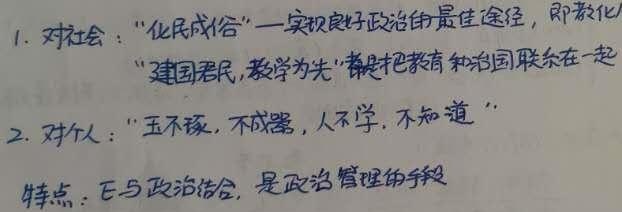
1. 对社会：“化民成俗”——实现良好政治的最佳途径，即教化。“建国君民，教学为先”都是把教育和治国联系在一起。
2. 对个人：“玉不琢，不成器，人不学，不知道”。
特点：与政治结合，是政治管理的手段。